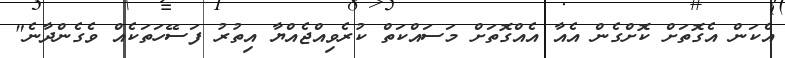
އެކަން އެގޮތަށް ކޮށްގެން އެއާ އެއްގޮތަށް މަސައްކަތް ކުރެވިއްޖެއްޔާ އިތުރު ފަސޭހަތަކެއް ވެގެންދާނެ"